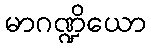
မာဂဏ္ဍိယော